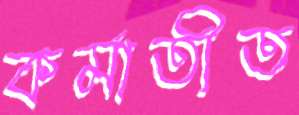
কর্মাতীত